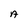
Character: A